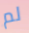
لم